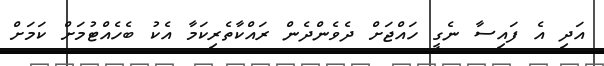
އަދި އެ ފައިސާ ނެގީ ހައްޖަށް ދެވެންދެން ރައްކާތެރިކަމާ އެކު ބެހެއްޓުމަށް ކަމަށް